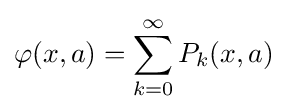
\varphi (x,a)=\sum _{k=0}^{\infty }P_{k}(x,a)